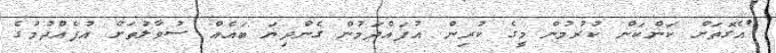
"އެގޮތަށް ކަންކަން ކުރުމުން މީގެ ކުރިން އުފައްދަމުން ގެންދިޔަ ބައެއް ސުވާލުތަށް އުފެއްދުމުގެ